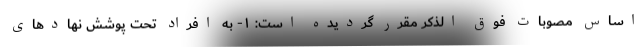
اساس مصوبات فوق الذکر مقرر گردیده است: ١- به افراد تحت پوشش نهادهای